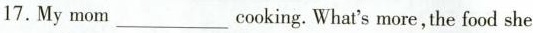
17. My mom ___ cooking.What's more, the food she